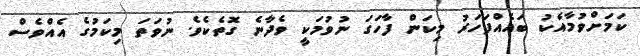
ކަމަށްވުމާއެކު ބައެއްފަހަރު މިކަން ފާހަގަ ނުވުމަކީ ވެދާނެ ގޮތެކެވެ. ނުވަތަ މިކަމުގެ އެއްވެސް